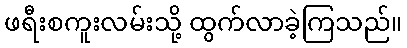
ဖရီးစကူးလမ်းသို့ ထွက်လာခဲ့ကြသည်။